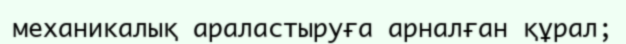
механикалық араластыруға арналған құрал;